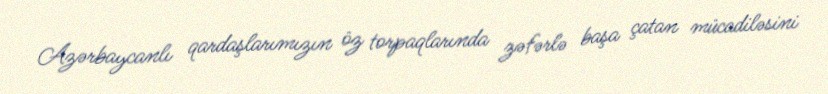
Azərbaycanlı qardaşlarımızın öz torpaqlarında zəfərlə başa çatan mücadiləsini